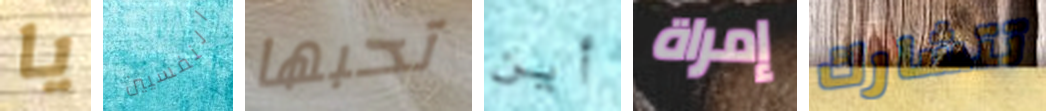
يا النفسيين تحبها أين إمراة تتشارك